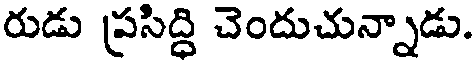
రుడు ప్రసిద్ధి చెందుచున్నాడు.